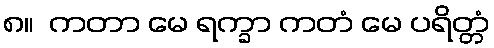
၈။  ကတာ မေ ရက္ခာ ကတံ မေ ပရိတ္တံ